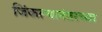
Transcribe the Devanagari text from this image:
जिंकल्यानंतरच्या